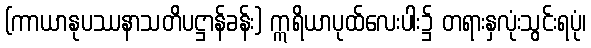
(ကာယာနုပဿနာသတိပဋ္ဌာန်ခန်း) ဣရိယာပုထ်လေးပါး၌ တရားနှလုံးသွင်းရပုံ၊